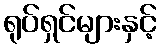
ရုပ်ရှင်များနှင့်